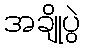
အချိုပွဲ